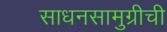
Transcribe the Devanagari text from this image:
साधनसामुग्रीची